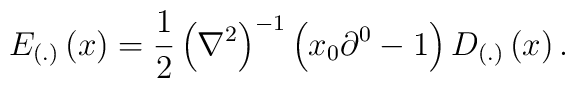
E_{\left(.\right) }\left(x\right) =\frac 12\left(\nabla ^2\right)^{-1}\left(x_0\partial ^0-1\right) D_{\left(.\right) }\left(x\right).